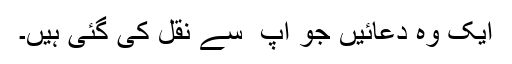
ایک وہ دعائیں جو آپ ؑ سے نقل کی گئی ہیں۔